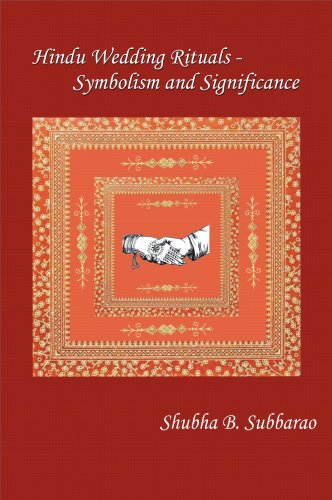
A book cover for Hindu Wedding Rituals - Symbolism and Significance; Shubha B. Subbarao; Crafts, Hobbies & Home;